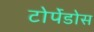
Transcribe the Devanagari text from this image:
टोर्पेडोस